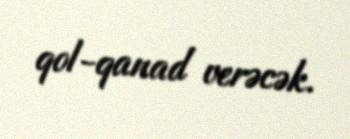
qol-qanad verəcək.